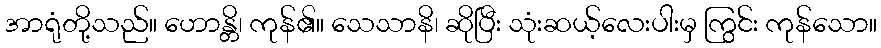
အာရုံတို့သည်။ ဟောန္တိ၊ ကုန်၏။ သေသာနိ၊ ဆိုပြီး သုံးဆယ့်လေးပါးမှ ကြွင်း ကုန်သော။